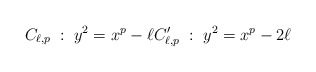
\begin{align*} C_{\ell,p} \; : \; y^2 = x^p - \ell C'_{\ell,p} \; : \; y^2 = x^p - 2\ell\end{align*}